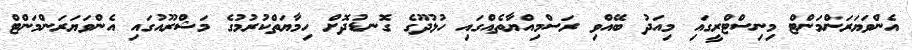
އެންވަޔަރަންމަންޓް މިނިސްޓްރީގައި މިއަދު ބޭއްވި ރަސްމިއްޔާތެއްގައި ހުޅުދޫގެ ގޮނޑުދޮށް ހިމާޔަތްކުރުމުގެ މަޝްރޫއުގައި އެންވަޔަރަންމަންޓް